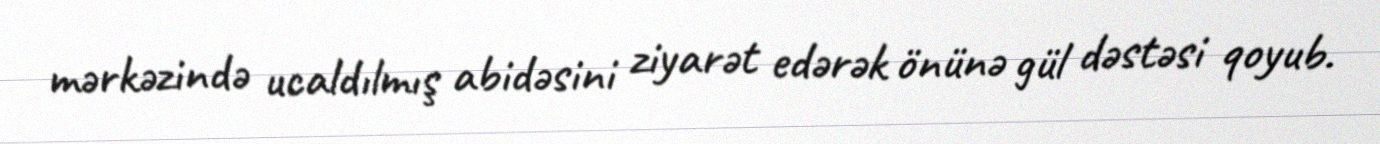
mərkəzində ucaldılmış abidəsini ziyarət edərək önünə gül dəstəsi qoyub.